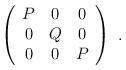
LaTeX: \begin{align*} \left( \begin{array}{ccc} P & 0 & 0 \\ 0 & Q & 0 \\ 0 & 0 & P \end{array} \right)~.\end{align*}